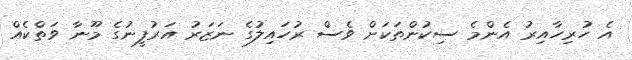
އެ ހުރިހާއިރު އެންމެ ސިކުންތަކަށް ވެސް ރުހައިލުގެ ނަޒަރު އަރުފީނުގެ މޫނާ ވަތްކެއް